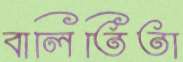
বালিতিতা